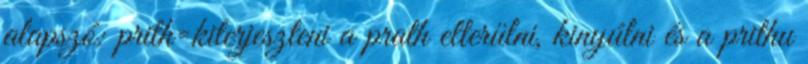
alapszó: prith=kiterjeszteni a prath elterülni, kinyúlni és a prithu